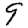
Digit: 9